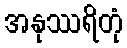
အနုဿရိတုံ